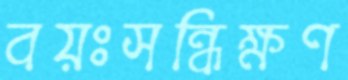
বয়ঃসন্ধিক্ষণ